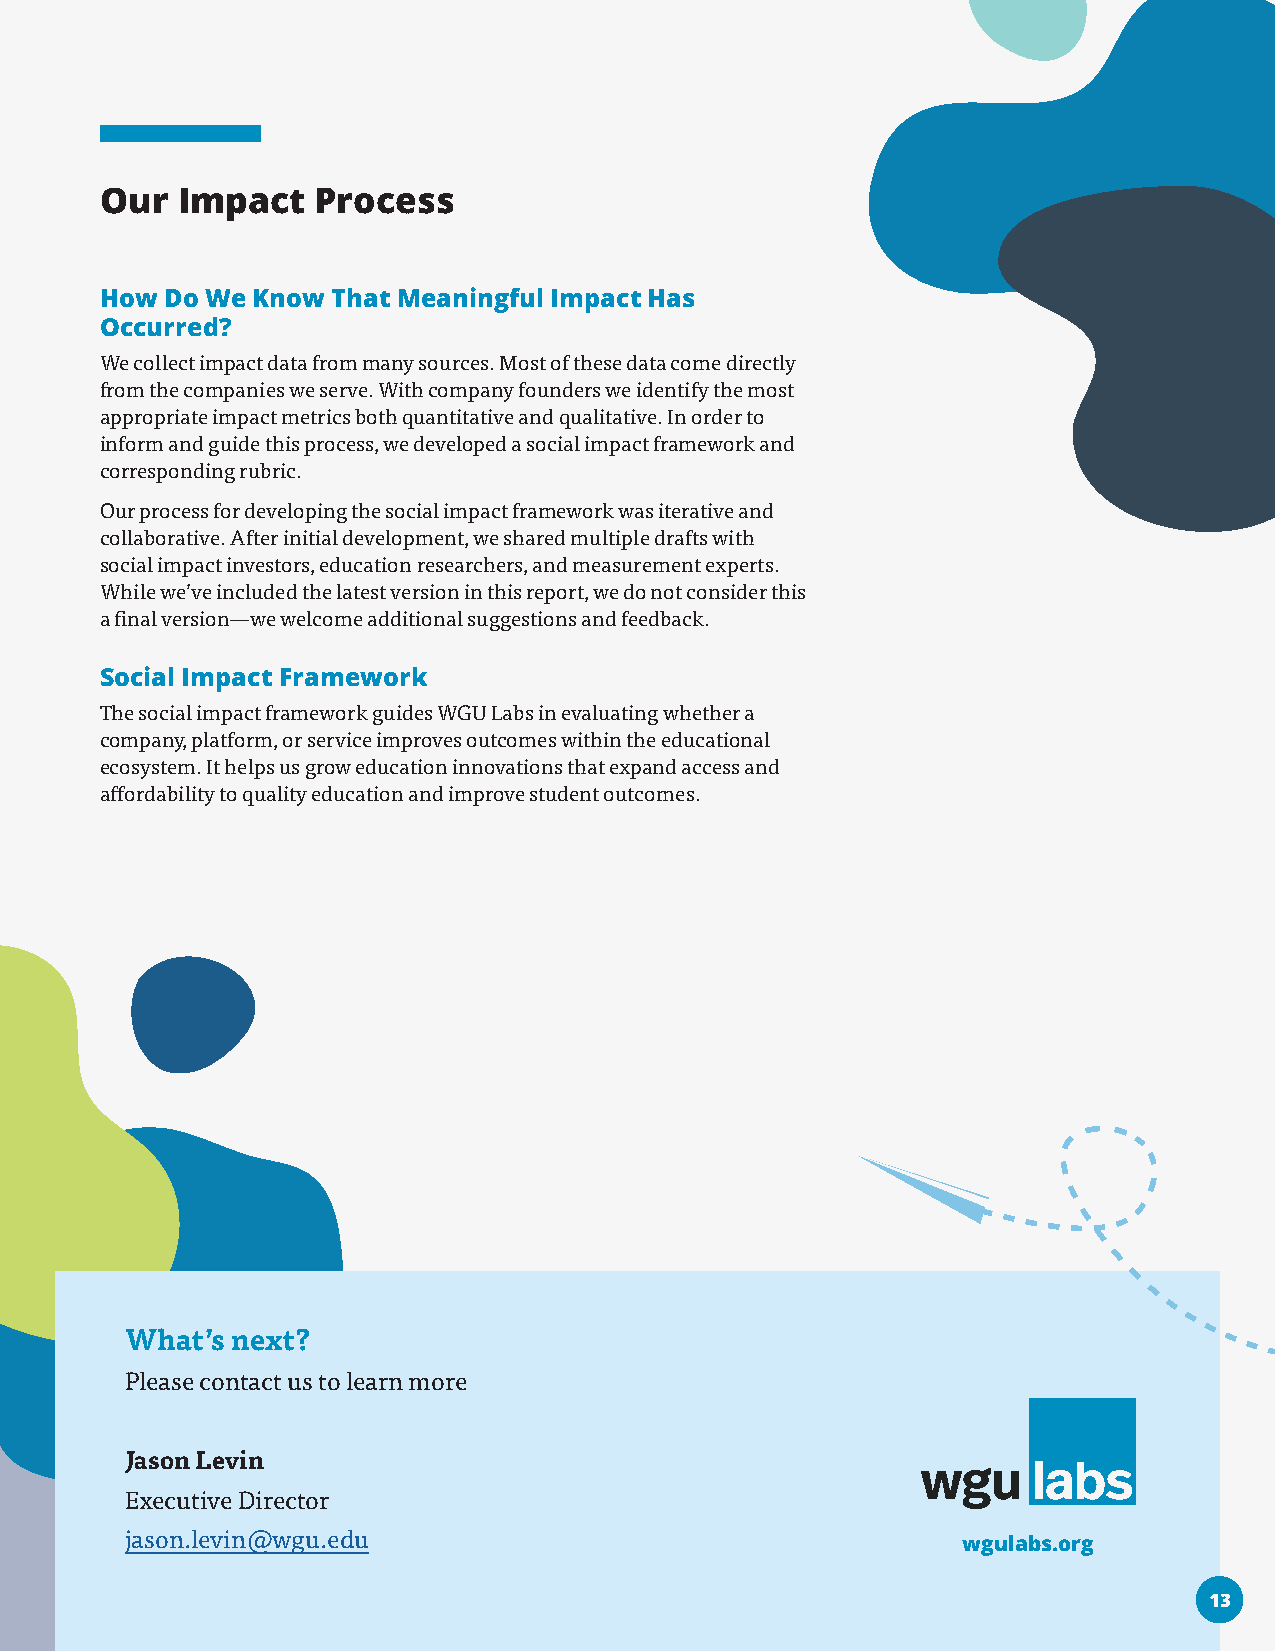
Our  Impact   Process
 How Do We Know That Meaningful Impact Has
 Occurred?
 We collect impact data from many sources. Most of these data come directly
 from the companies we serve. With company founders we identify the most
 appropriate impact metrics both quantitative and qualitative. In order to
 inform and guide this process, we developed a social impact framework and
 corresponding rubric.
 Our process for developing the social impact framework was iterative and
 collaborative. After initial development, we shared multiple drafts with
 social impact investors, education researchers, and measurement experts.
 While we’ve included the latest version in this report, we do not consider this
 a final version—we welcome additional suggestions and feedback.
 Social Impact Framework
 The social impact framework guides WGU Labs in evaluating whether a
 company, platform, or service improves outcomes within the educational
 ecosystem. It helps us grow education innovations that expand access and
 affordability to quality education and improve student outcomes.
 What’s next?
 Please contact us to learn more
 Jason Levin
 Executive Director
 jason.levin@wgu.edu                                     wgulabs.org
 1133